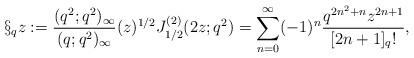
LaTeX: \begin{align*}\S_q z&:=\frac{(q^2;q^2)_\infty}{(q;q^2)_\infty} (z)^{1/2} J^{(2)}_{1/2} (2 z;q^2) = \sum_{n=0}^{\infty} (-1)^n \frac{q^{2n^2+n} z^{2n+1}}{[2n+1]_q!},\end{align*}